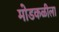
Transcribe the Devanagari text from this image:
मोडकळीला